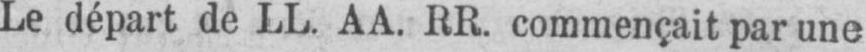
Le départ de LL. AA. RR. commençait par une